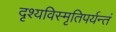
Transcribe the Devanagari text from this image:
दृश्यविस्मृतिपर्यन्तं